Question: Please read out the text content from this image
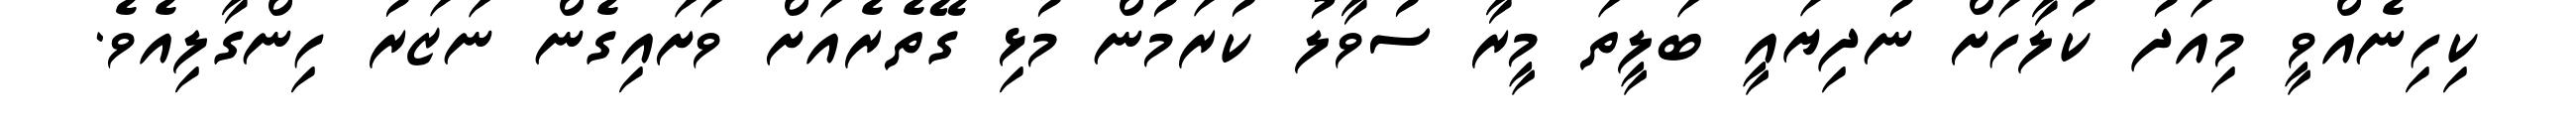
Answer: ކިހިނެއްވީ މިއަދު ކުލާހަށް ނުދިޔައީ ބަލީތަ މީރާ ސުވާލު ކުރަމުން މުޅި ގޭތެރެއަށް ވަށައިގެން ނަޒަރު ހިންގާލިއެވެ.